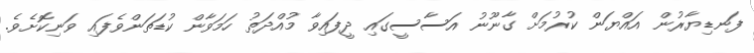
ފަނޑިޔާރުން އައްޔަން ކުރުމަށް ގާނޫނު އަސާސީގައި ދީފައިވާ މުއްދަތު ހަމަވާން ކުޑަތަންވެފައި ވަނިކޮށެވެ.